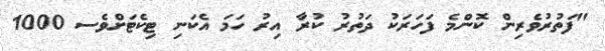
"ފަތުރުވެރިން ކޮންމެ ފަހަރަކު ދަތުރު ކުރާ އިރު ހަމަ އެކަނި ޓިކެޓަށްވެސ 1000